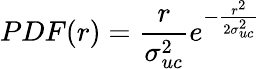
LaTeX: PDF(r)=\frac{r}{\sigma_{uc}^{2}}e^{-\frac{r^{2}}{2\sigma_{uc}^{2}}}